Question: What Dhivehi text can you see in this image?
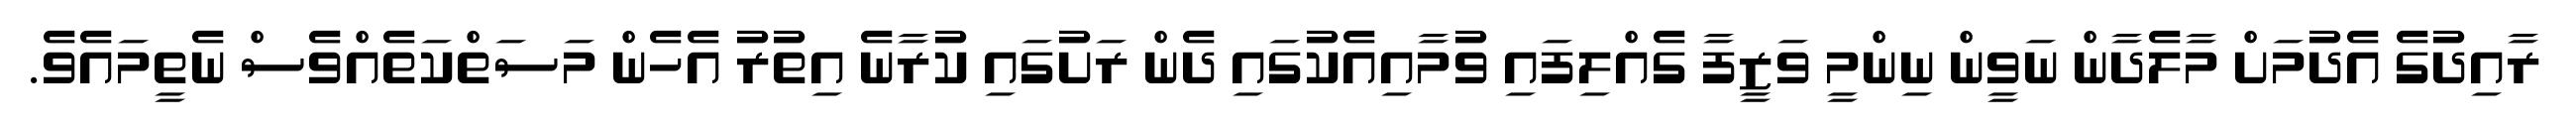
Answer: ރާއިދުގެ އެދުމަށް މާލެދާން ނަވީން ނިންމީ ވަޒީފާ ގެއްލިފައި ވުމާއިއެކުގައި ދެން ރަށުގައި ކުރާނެ އިތުރު އެހެން މަސަތްކަތެއްވެސް ނެތީމައެވެ.